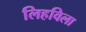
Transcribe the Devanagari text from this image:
लिहविला